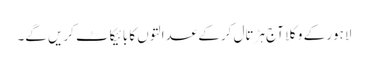
لاہور کے وکلا آج ہڑتال کر کے عدالتوں کا بائیکاٹ کریں گے۔